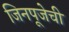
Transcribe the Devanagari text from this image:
जिनपूजेची